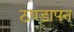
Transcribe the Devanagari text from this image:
ठण्‍डापन